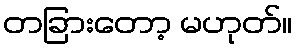
တခြားတော့ မဟုတ်။